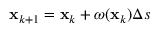
{ \bf { x } } _ { k + 1 } = { \bf { x } } _ { k } + \boldsymbol { \omega } ( { \bf { x } } _ { k } ) \Delta s